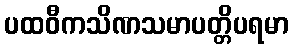
ပထဝီကသိဏသမာပတ္တိပရမာ